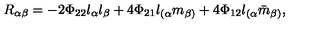
R _ { \alpha \beta } = - 2 \Phi _ { 2 2 } l _ { \alpha } l _ { \beta } + 4 \Phi _ { 2 1 } l _ { ( \alpha } m _ { \beta ) } + 4 \Phi _ { 1 2 } l _ { ( \alpha } { \bar { m } } _ { \beta ) } ,